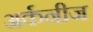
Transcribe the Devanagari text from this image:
अर्कनीज